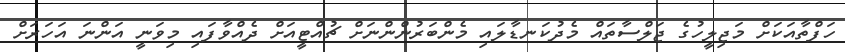
ހަފްތާއަކަށް މަޖިލީހުގެ ޖަލްސާތައް މެދުކަނޑާލައި މެންބަރުންންނަށް ޗުއްޓީއަށް ދެއްވާފައި މިވަނީ އަންނަ އަހަރަށް